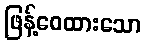
ဖြန့်ဝေထားသော